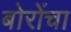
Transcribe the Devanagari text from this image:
बोरोंचा